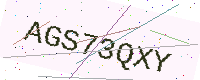
Text: AGS73QXY